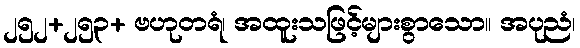
၂၅၂+၂၅၃+ ဗဟုတရံ၊ အထူးသဖြင့်များစွာသော။ အပုညံ၊